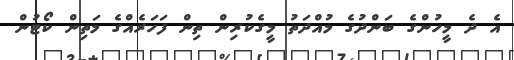
އެ ދެ މީހުންގެ ބަންދުގެ މުއްދަތު މީގެކުރިން ތިން ފަހަރެއްގެ މަތިން ކޯޓުން